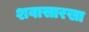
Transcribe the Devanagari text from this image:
शवासारखा